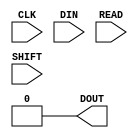
/*
 * This file is protected by Copyright. Please refer to the COPYRIGHT file
 * distributed with this source distribution.
 *
 * This file is part of OpenCPI <http://www.opencpi.org>
 *
 * OpenCPI is free software: you can redistribute it and/or modify it under the
 * terms of the GNU Lesser General Public License as published by the Free
 * Software Foundation, either version 3 of the License, or (at your option) any
 * later version.
 *
 * OpenCPI is distributed in the hope that it will be useful, but WITHOUT ANY
 * WARRANTY; without even the implied warranty of MERCHANTABILITY or FITNESS FOR
 * A PARTICULAR PURPOSE. See the GNU Lesser General Public License for more
 * details.
 *
 * You should have received a copy of the GNU Lesser General Public License
 * along with this program. If not, see <http://www.gnu.org/licenses/>.
 */

// Dummy for when no DNA
module DNA_PORT (DOUT, CLK, DIN, READ, SHIFT);

  output DOUT;
  input  CLK, DIN, READ, SHIFT;

  assign DOUT = 0;

endmodule // DNA_PORT